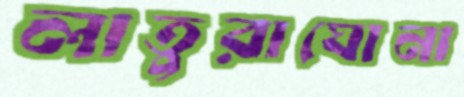
লাতুরাঘোনা